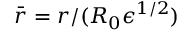
\bar { r } = r / ( R _ { 0 } { \epsilon } ^ { 1 / 2 } )